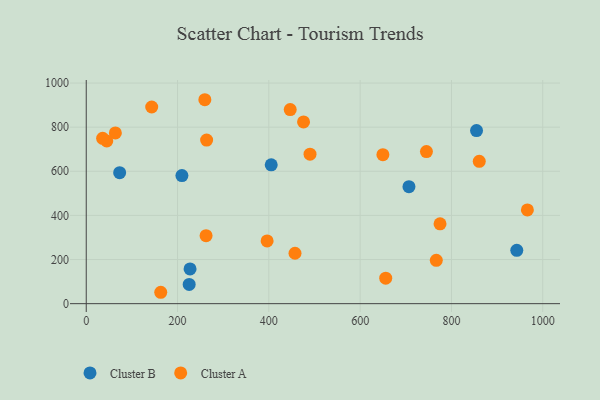
{"axis": {"x": "Ad Spend", "y": "Yield"}, "legend": ["Cluster A", "Cluster B"], "data": [{"x": "405.2", "y": 629.4, "type": "Cluster B"}, {"x": "706.9", "y": 530.1, "type": "Cluster B"}, {"x": "943.1", "y": 241.7, "type": "Cluster B"}, {"x": "73.2", "y": 593.6, "type": "Cluster B"}, {"x": "209.6", "y": 580.8, "type": "Cluster B"}, {"x": "227.4", "y": 157.4, "type": "Cluster B"}, {"x": "225.5", "y": 87.1, "type": "Cluster B"}, {"x": "854.9", "y": 784.6, "type": "Cluster B"}, {"x": "860.9", "y": 645.2, "type": "Cluster A"}, {"x": "649.8", "y": 675.3, "type": "Cluster A"}, {"x": "490.2", "y": 677.4, "type": "Cluster A"}, {"x": "446.8", "y": 879.6, "type": "Cluster A"}, {"x": "262.5", "y": 308.0, "type": "Cluster A"}, {"x": "163.2", "y": 51.6, "type": "Cluster A"}, {"x": "966.3", "y": 425.0, "type": "Cluster A"}, {"x": "457.3", "y": 228.5, "type": "Cluster A"}, {"x": "259.8", "y": 924.4, "type": "Cluster A"}, {"x": "656.0", "y": 115.5, "type": "Cluster A"}, {"x": "63.8", "y": 773.7, "type": "Cluster A"}, {"x": "745.2", "y": 689.2, "type": "Cluster A"}, {"x": "476.0", "y": 823.7, "type": "Cluster A"}, {"x": "775.0", "y": 361.9, "type": "Cluster A"}, {"x": "45.0", "y": 737.7, "type": "Cluster A"}, {"x": "766.8", "y": 196.6, "type": "Cluster A"}, {"x": "396.2", "y": 284.4, "type": "Cluster A"}, {"x": "143.4", "y": 891.4, "type": "Cluster A"}, {"x": "35.9", "y": 749.5, "type": "Cluster A"}, {"x": "263.7", "y": 741.3, "type": "Cluster A"}]}